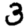
Digit: 3